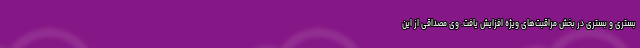
بستری و بستری در بخش مراقبت‌های ویژه افزایش یافت. وی مصداقی از این